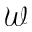
\mathcal { W }